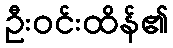
ဦးဝင်းထိန်၏